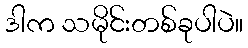
ဒါက သမိုင်းတစ်ခုပါပဲ။